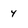
Character: y